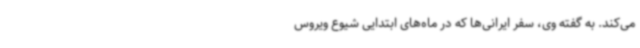
می‌کند. به گفته وی، سفر ایرانی‌ها که در ماه‌های ابتدایی شیوع ویروس